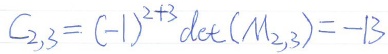
\(C_{2,3}=(-1)^{2 + 3}\det(M_{2,3})=-13\)